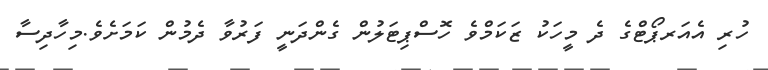
ހުރި އެއަރޕޯޓްގެ ދެ މީހަކު ޒަކަމްވެ ހޮސްޕިޓަލުން ގެންދަނީ ފަރުވާ ދެމުން ކަމަށެވެ.މިހާދިސާ